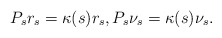
\begin{align*}P_s r_s=\kappa(s)r_s, P_s\nu_{s}=\kappa(s)\nu_{s}.\end{align*}